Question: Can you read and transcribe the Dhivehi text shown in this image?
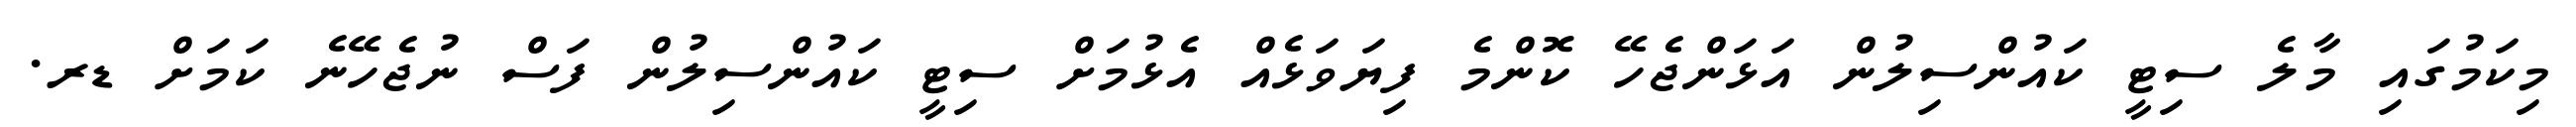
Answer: މިކަމުގައި މާލެ ސިޓީ ކައުންސިލުން އަޅަންޖެހޭ ކޮންމެ ފިޔަވަޅެއް އެޅުމަށް ސިޓީ ކައުންސިލުން ފަސް ނުޖެހޭނެ ކަމަށް ޑރ.